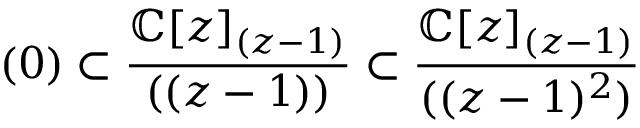
( 0 ) \subset { \frac { \mathbb { C } [ z ] _ { ( z - 1 ) } } { ( ( z - 1 ) ) } } \subset { \displaystyle { \frac { \mathbb { C } [ z ] _ { ( z - 1 ) } } { ( ( z - 1 ) ^ { 2 } ) } } }